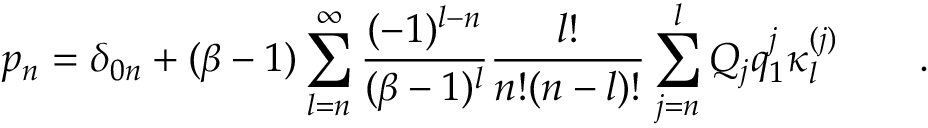
p _ { n } = \delta _ { 0 n } + ( \beta - 1 ) \sum _ { l = n } ^ { \infty } \frac { ( - 1 ) ^ { l - n } } { ( \beta - 1 ) ^ { l } } \frac { l ! } { n ! ( n - l ) ! } \sum _ { j = n } ^ { l } Q _ { j } q _ { 1 } ^ { j } \kappa _ { l } ^ { ( j ) } \qquad .